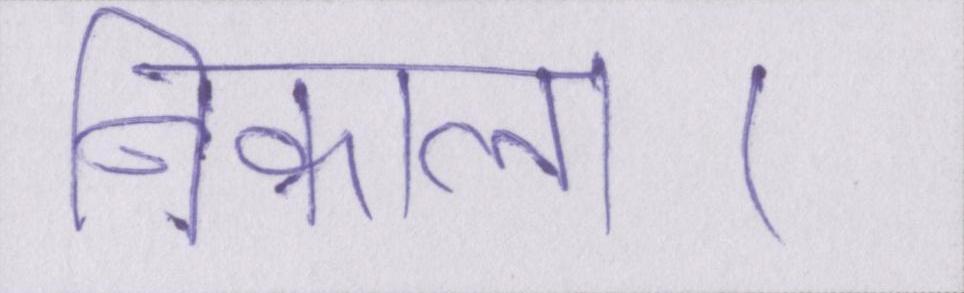
निकाला।